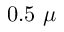
0 . 5 ~ \mu